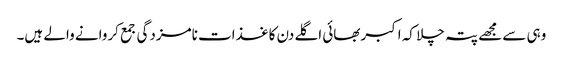
وہی سے مجھے پتہ چلا کہ اکبربھائی اگلے دن کاغذات نامزدگی جمع کروانے والے ہیں۔